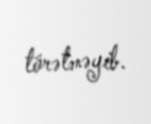
törətməyib.